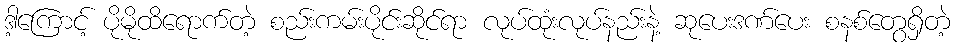
ဒါ့ကြောင့် ပိုမိုထိရောက်တဲ့ စည်းကမ်းပိုင်းဆိုင်ရာ လုပ်ထုံးလုပ်နည်းနဲ့ ဆုပေးဒဏ်ပေး စနစ်တွေရှိတဲ့